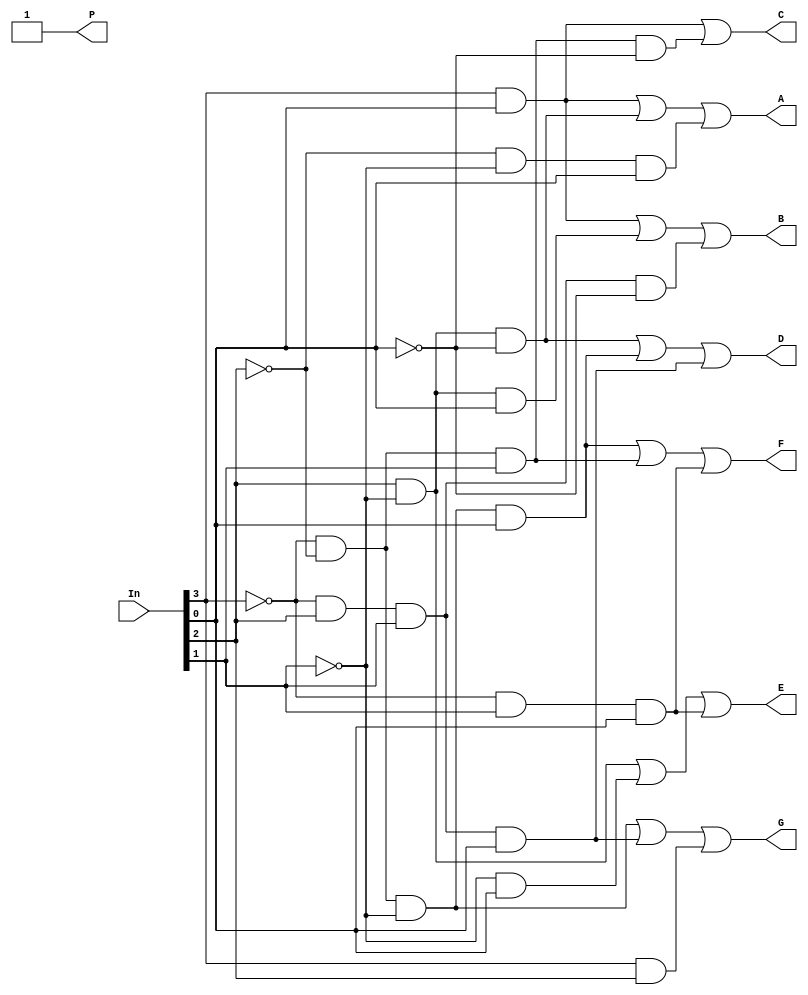
module decodificador( A, B, C, D, E, F, G, P, In);
	input [3:0] In;
	output  A, B, C, D, E, F, G, P;

	wire In0_Inv, In1_Inv, In2_Inv, In3_Inv;

	not Not1(In0_Inv, In[0]);
	not Not2(In1_Inv, In[1]);
	not Not3(In2_Inv, In[2]);
	not Not4(In3_Inv, In[3]);

	// segmento A
	wire Wire1, Wire2, Wire4;
	and And1(Wire1, In[3], In[0]);
	and And2(Wire2, In[2], In1_Inv, In0_Inv);
	and And4(Wire4, In2_Inv, In1_Inv, In[0]);
	or   Or1(A, Wire1, Wire2, Wire4);  // Tirar uma and 0110 e um fio

	// segmento B
	wire Wire5, Wire6, Wire7;
	and And5(Wire5, In[3], In[0]);
	and And6(Wire6, In[2],In1_Inv , In[0]);
	and And7(Wire7, In3_Inv, In[2], In[1], In0_Inv);
	or    Or2( B, Wire5, Wire6, Wire7);


	// segmento C
	wire Wire8, Wire9;
	and And8(Wire8, In[3], In[0]);
	and And9(Wire9, In3_Inv, In2_Inv, In[1],In0_Inv);
	or    Or3( C, Wire8, Wire9);

	// segmento D
	wire Wire10, Wire11, Wire12;
	and And10(Wire10, In[2], In1_Inv, In0_Inv);
	and And11(Wire11, In3_Inv, In2_Inv, In1_Inv, In[0]);
	and And12(Wire12, In3_Inv, In[2], In[1], In[0]);
	or    Or4(D, Wire10, Wire11, Wire12);

	// segmento E
	wire Wire13, Wire14, Wire15;
	and And13(Wire13, In[2], In1_Inv);
	and And14(Wire14, In1_Inv, In[0]);
	and And15(Wire15, In3_Inv, In[1], In[0]);
	or Or5(E, Wire13, Wire14, Wire15);

	// segmento F
	wire Wire16, Wire17, Wire18;
	and And16(Wire16, In3_Inv, In2_Inv, In1_Inv, In[0]);
	and And17(Wire17, In3_Inv, In2_Inv, In[1]);
	and And18(Wire18, In3_Inv, In[1], In[0]);
	or Or6(F, Wire16, Wire17, Wire18);

	// segmento G
	wire Wire19, Wire20, Wire21;
	and And19(Wire19, In3_Inv, In2_Inv,In1_Inv);
	and And20(Wire20, In3_Inv, In[2], In[1], In[0]);
	and And21(Wire21, In[3], In[2]);
	or Or7(G, Wire19, Wire20, Wire21);

	// semento P
	or Or8(P,In3_Inv, In[3]);


endmodule